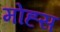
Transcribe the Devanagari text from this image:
मोह्स